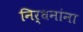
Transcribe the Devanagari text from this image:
निर्धनांना